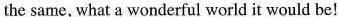
the same, what a wonderful world it would be!